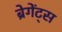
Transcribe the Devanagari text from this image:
ब्रेगेंट्स